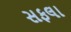
સફલા